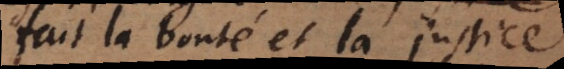
fait la bonté et la justice